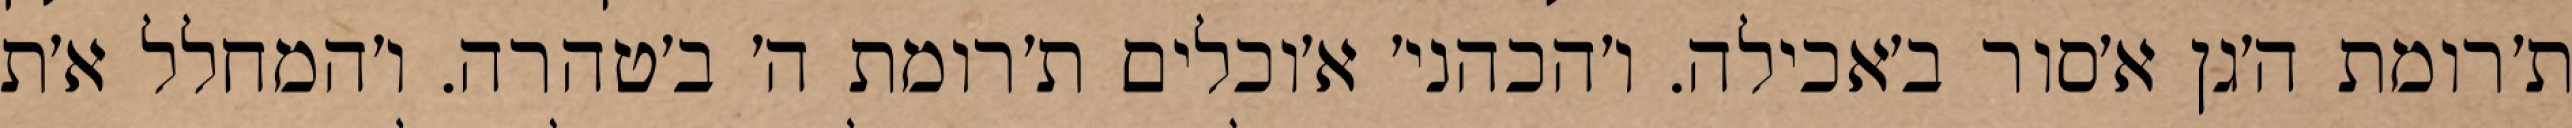
ת׳רומת ה׳גן א׳סור ב׳אכילה. ו׳הכהני׳ א׳וכלים ת׳רומת ה׳ ב׳טהרה. ו׳המחלל א׳ת